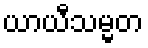
ယာယီသမ္မတ